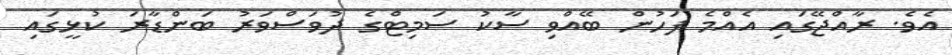
އެވެ. ރާއްޖޭގައި އެއްމެ ފަހުން ބޭއްވި ސާކު ސަމިޓްގެ ދުވަސްވަރު ބަންޑާރަ ކުޅީގައި